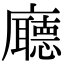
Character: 廰